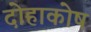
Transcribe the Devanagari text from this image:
दोहाकोष